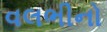
વલભીનો